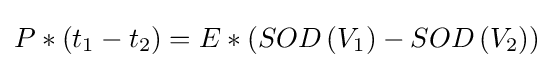
P*\left({{t}_{1}}-{{t}_{2}}\right)=E*(SOD\left({{V}_{1}}\right)-SOD\left({{V}_{2}}\right))